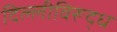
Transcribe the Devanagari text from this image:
दिल्लीविरूद्ध